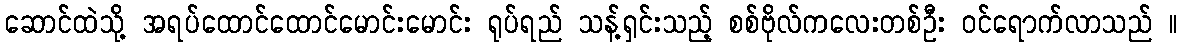
ဆောင်ထဲသို့ အရပ်ထောင်ထောင်မောင်းမောင်း ရုပ်ရည် သန့်ရှင်းသည့် စစ်ဗိုလ်ကလေးတစ်ဦး ဝင်ရောက်လာသည် ။